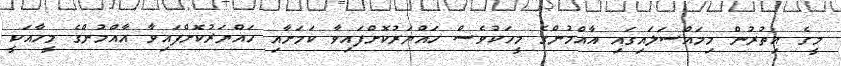
މީގެ އިތުރުން މިމައްސަލައިގައި އާއްމުންގެ މީހަކުވެސް ހައްޔަރުކޮށްފައިވާ ކަމަށާއި ހައްޔަރުކޮށްފައިވާ އާއްމުންގެ މީހާއަކީ